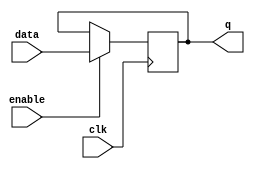
module gated_latch (
  input clk,     // Clock signal
  input enable,  // Enable signal for the latch
  input data,    // Data input to be latched
  output reg q   // Latched output
);

// Sequential logic for latching operation
always @(posedge clk) begin
  if (enable) begin
    q <= data; // Store data when enable signal is active
  end
end

endmodule